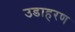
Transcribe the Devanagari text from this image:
उडाहरण